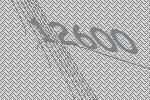
12600